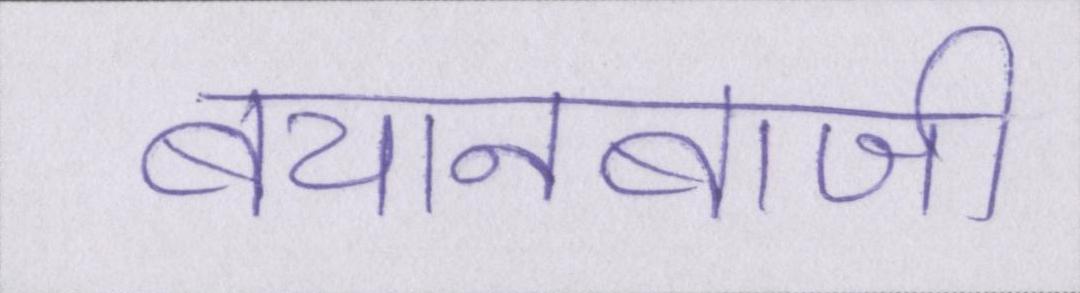
बयानबाजी